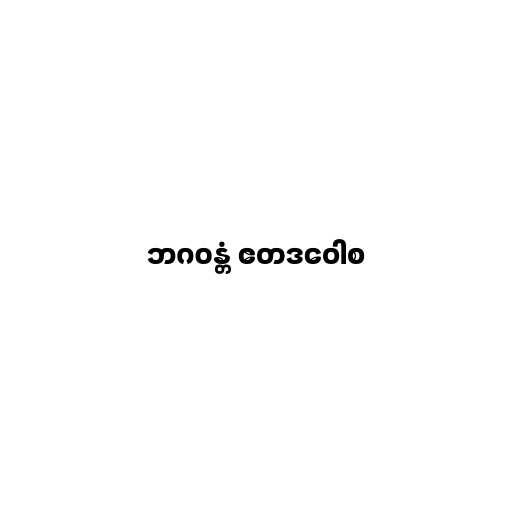
ဘဂဝန္တံ ဧတဒဝေါစ